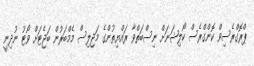
ޕްރޮގްރެސިވް ކޮންގްރެސް ކޯލިޝަނަށް ނިސްބަތްވާ ރައްޔިތުންގެ މަޖިލިސް މެމްބަރުން ބަޖެޓަށް ވޯޓު ނުދިނީ